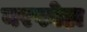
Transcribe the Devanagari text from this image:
नरफोड़ा